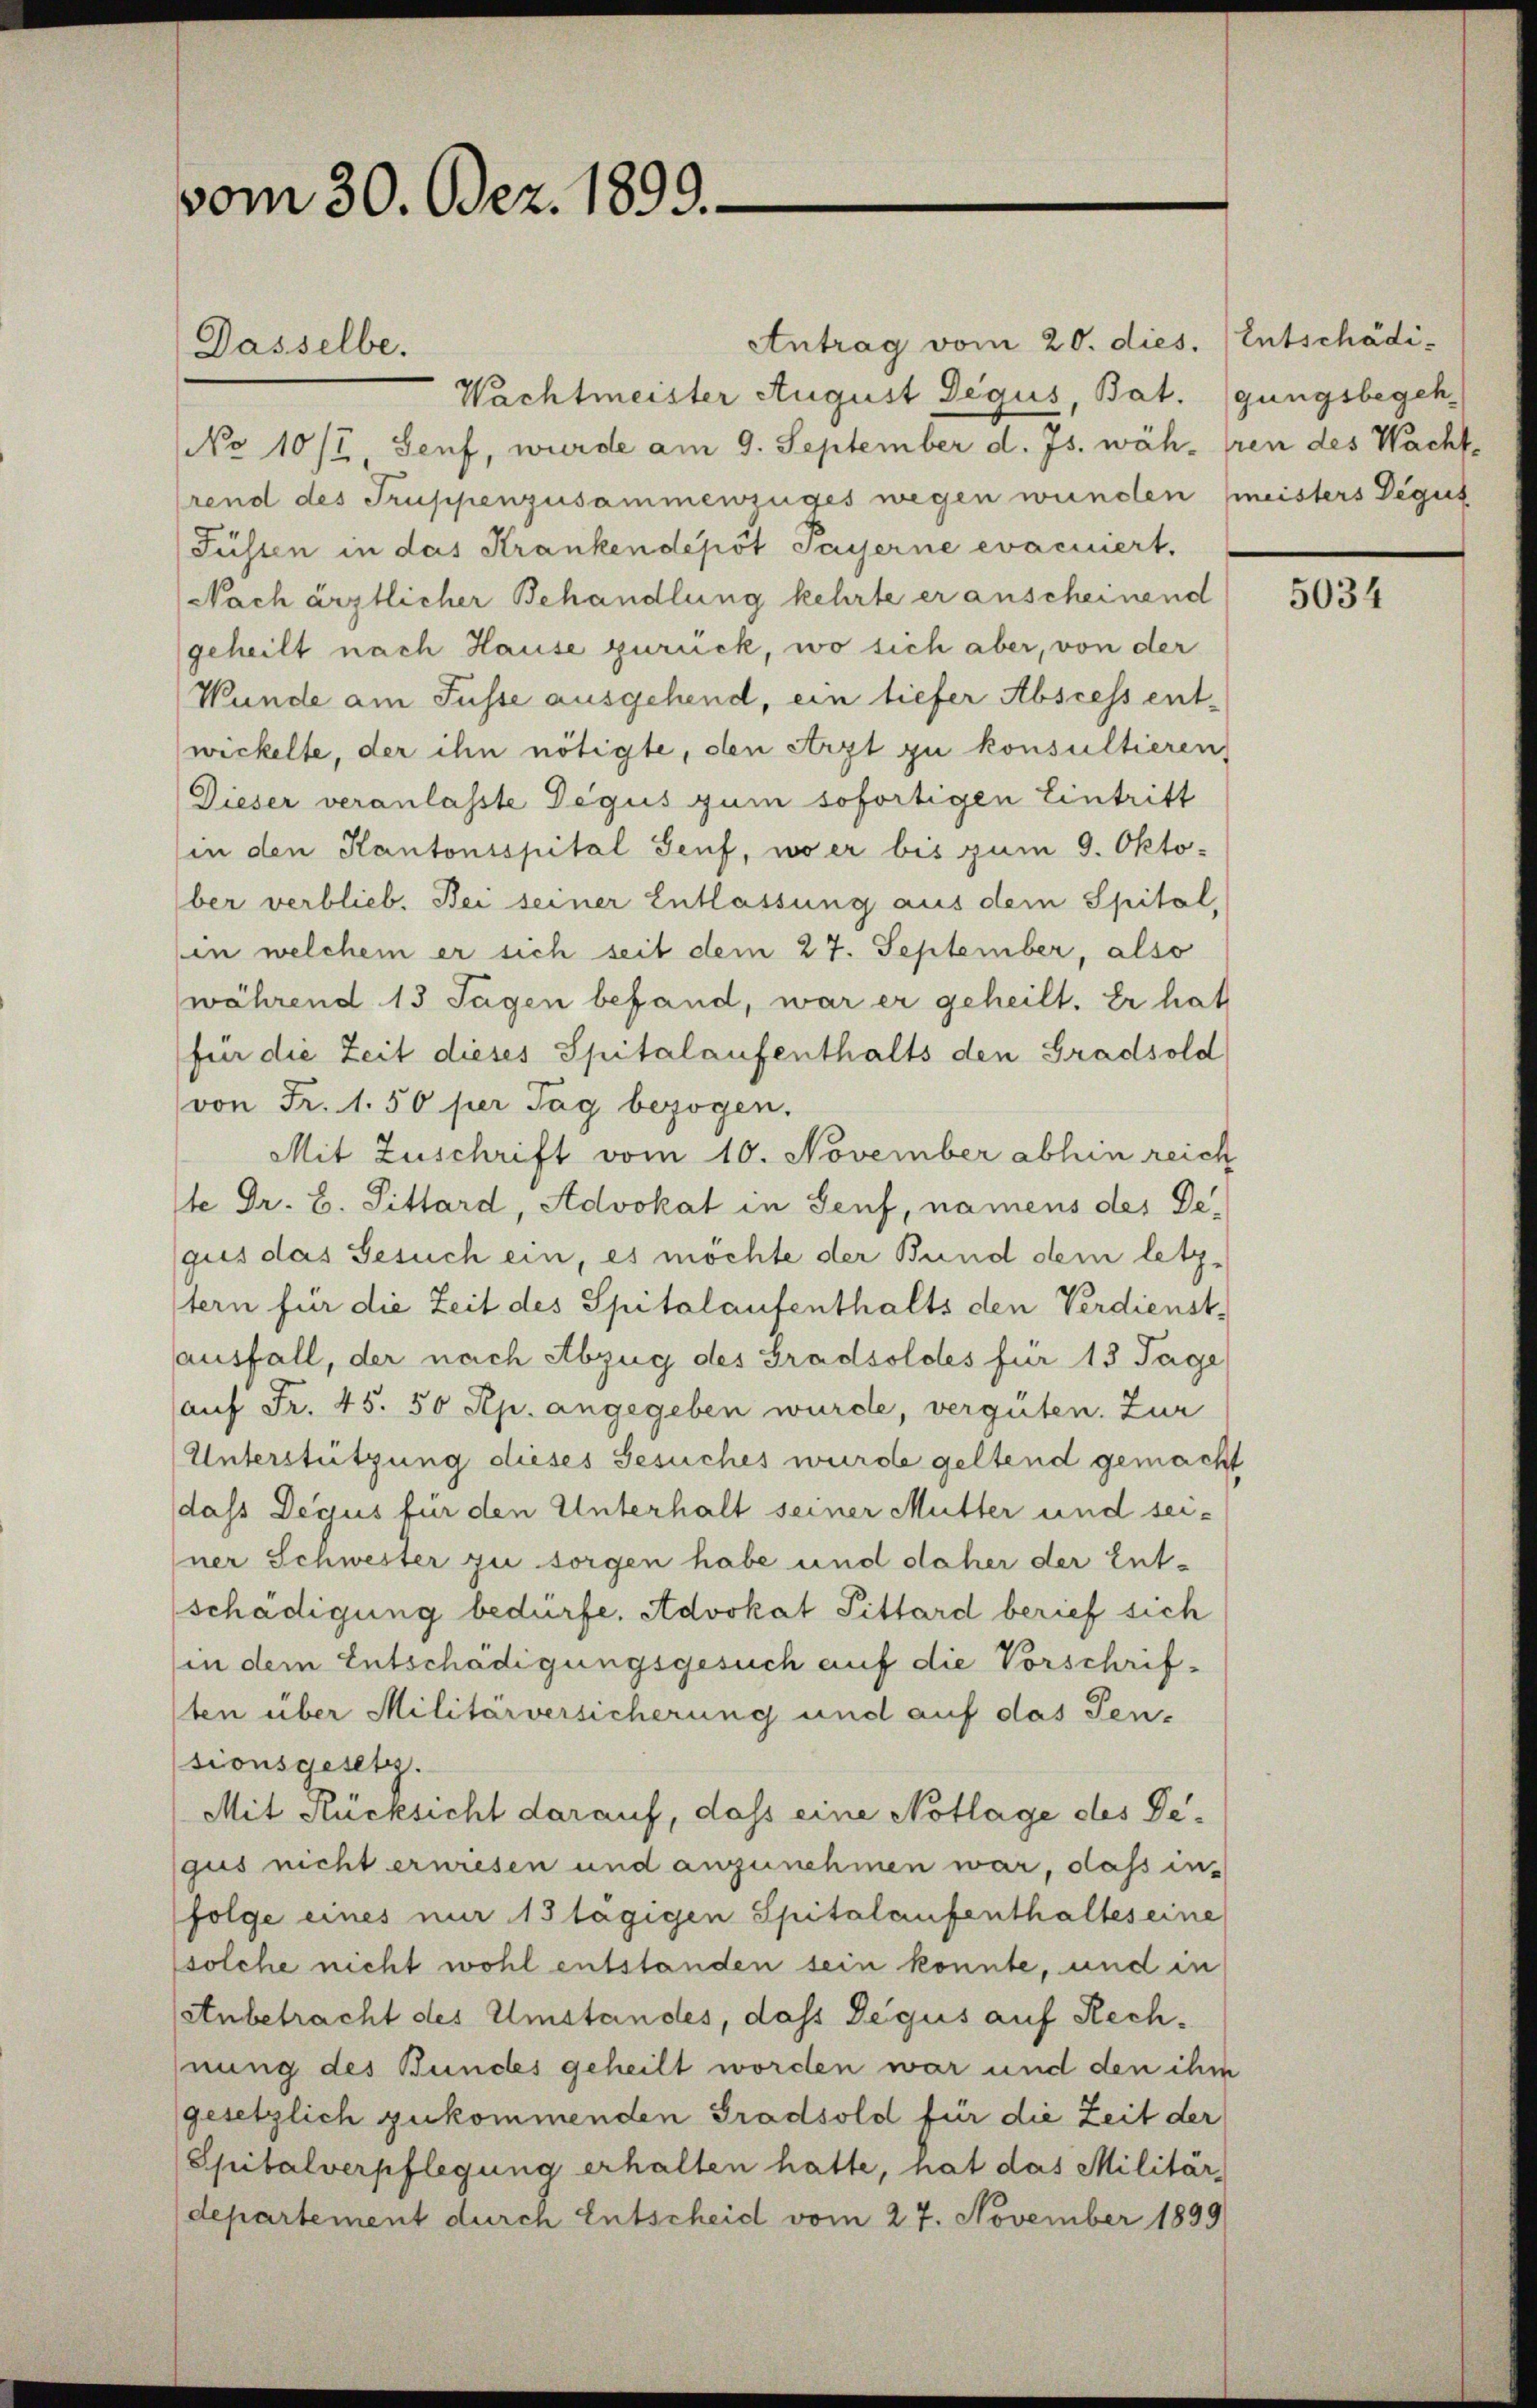
vom 30. Dez. 1899.

Dasselbe.

Antrag vom 20. dies. Entschädi¬
Wachtmeister August Degus, Bat. (gungsbegeh
No 10/I Senf, wurde am 9. September d. Js. währen des Wachtrend des Truppenzusammenzuges wegen wunden (meisters Degut
Füsten in das Krankendepot Payerne evacuiert.
Nach ärztlicher Behandlung kehrte er anscheinend
geheilt nach Hause zurück, wo sich aber, von der
Wunde am Fusse ausgehend, ein tiefer Abscess ent-
wickelte, der ihn nötigte, den Arzt zu konsultieren
Dieser veranlasste Degus gum sofortigen Eintritt
in den Kantonsspital Genf, wo er bis zum 9. Oktober verblieb. Bei seiner Entlassung aus dem Spital
in welchem er sich seit dem 27. September, also
während 13 Sagen befand, war er geheilt. Er hat
für die Zeit dieses Spitalaufenthalts den Gradsold
von Fr. 1.50 per Tag bezogen.
Mit Zuschrift vom 10. November abhin reich
te Dr. B. Pittard, Advokat in Genf, namens des Degus das Gesuch ein, es möchte der Bund dem letztern für die Zeit des Spitalaufenthalts den Verdienst-
ausfall, der nach Abzug des Gradsoldes für 13 Tage
auf Fr. 45. 50 Rp. angegeben wurde, vergüten. Zur
Unterstützung dieses Gesuches wurde geltend gemacht
dass Degus für den Unterhalt seiner Mutter und seiner Schwester zu sorgen habe und daher der Ent-
schädigung bedürfe. Advokat Pittard berief sich
(in dem Entschädigungsgesuch auf die Vorschriften über Militärversicherung und auf das Ten-
sionsgesetz.
Mit Rücksicht darauf, dass eine Notlage des Degus nicht erwiesen und anzunehmen war, dass in-
folge eines nur 13 lägigen Spitalaufenthaltes eine
solche nicht wohl entstanden sein konnte, und in
Anbetracht des Umstandes, dass Degus auf Rechnung des Bundes geheilt worden war und den ihm
gesetzlich zukommenden Gradsold für die Zeit der
Spitalverpflegung erhalten hatte, hat das Militärdepartement durch Entscheid vom 27. November 1899

5034